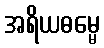
အရိယဓမ္မေ